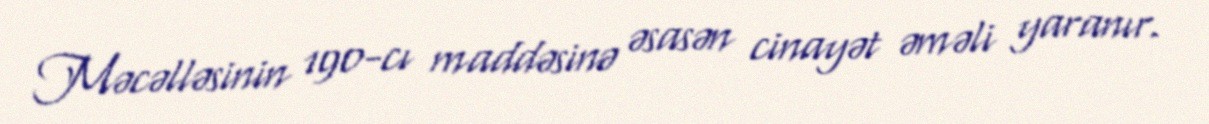
Məcəlləsinin 190-cı maddəsinə əsasən cinayət əməli yaranır.